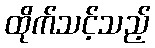
ထိုက်သင့်သည့်